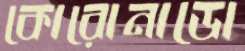
কোরোনাডো